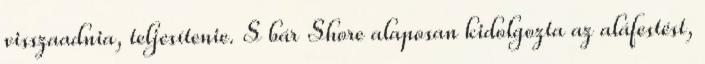
visszaadnia, teljesítenie. S bár Shore alaposan kidolgozta az aláfestést,